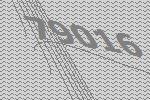
79016